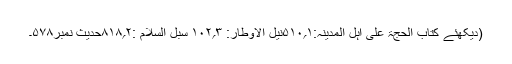
(دیکھئے کتاب الحجۃ علی اہل المدینہ:۱؍۵۱۰نیل الاوطار: ۳؍۱۰۲ سبل السلام :۲؍۸۱۸حدیث نمبر۵۷۸۔